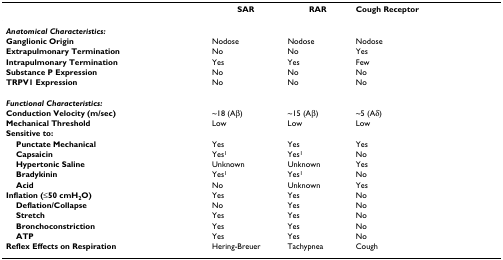
<table><thead><tr><td></td><td><b>SAR</b></td><td><b>RAR</b></td><td><b>Cough Receptor</b></td></tr></thead><tbody><tr><td><b><i>Anatomical Characteristics:</i></b></td><td></td><td></td><td></td></tr><tr><td><b>Ganglionic Origin</b></td><td>Nodose</td><td>Nodose</td><td>Nodose</td></tr><tr><td><b>Extrapulmonary Termination</b></td><td>No</td><td>No</td><td>Yes</td></tr><tr><td><b>Intrapulmonary Termination</b></td><td>Yes</td><td>Yes</td><td>Few</td></tr><tr><td><b>Substance P Expression</b></td><td>No</td><td>No</td><td>No</td></tr><tr><td><b>TRPV1 Expression</b></td><td>No</td><td>No</td><td>No</td></tr><tr><td><b><i>Functional Characteristics:</i></b></td><td></td><td></td><td></td></tr><tr><td><b>Conduction Velocity (m/sec)</b></td><td>~18 (Aβ)</td><td>~15 (Aβ)</td><td>~5 (Aδ)</td></tr><tr><td><b>Mechanical Threshold</b></td><td>Low</td><td>Low</td><td>Low</td></tr><tr><td><b>Sensitive to:</b></td><td></td><td></td><td></td></tr><tr><td> <b>Punctate Mechanical</b></td><td>Yes</td><td>Yes</td><td>Yes</td></tr><tr><td> <b>Capsaicin</b></td><td>Yes<sup>1</sup></td><td>Yes<sup>1</sup></td><td>No</td></tr><tr><td> <b>Hypertonic Saline</b></td><td>Unknown</td><td>Unknown</td><td>Yes</td></tr><tr><td> <b>Bradykinin</b></td><td>Yes<sup>1</sup></td><td>Yes<sup>1</sup></td><td>No</td></tr><tr><td> <b>Acid</b></td><td>No</td><td>Unknown</td><td>Yes</td></tr><tr><td> <b>Inflation (≤50 cmH<sub>2</sub>O)</b></td><td>Yes</td><td>Yes</td><td>No</td></tr><tr><td> <b>Deflation/Collapse</b></td><td>No</td><td>Yes</td><td>No</td></tr><tr><td> <b>Stretch</b></td><td>Yes</td><td>Yes</td><td>No</td></tr><tr><td> <b>Bronchoconstriction</b></td><td>Yes</td><td>Yes</td><td>No</td></tr><tr><td> <b>ATP</b></td><td>Yes</td><td>Yes</td><td>No</td></tr><tr><td><b>Reflex Effects on Respiration</b></td><td>Hering-Breuer</td><td>Tachypnea</td><td>Cough</td></tr></tbody></table>